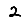
Digit: 2